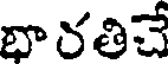
భారతిచే